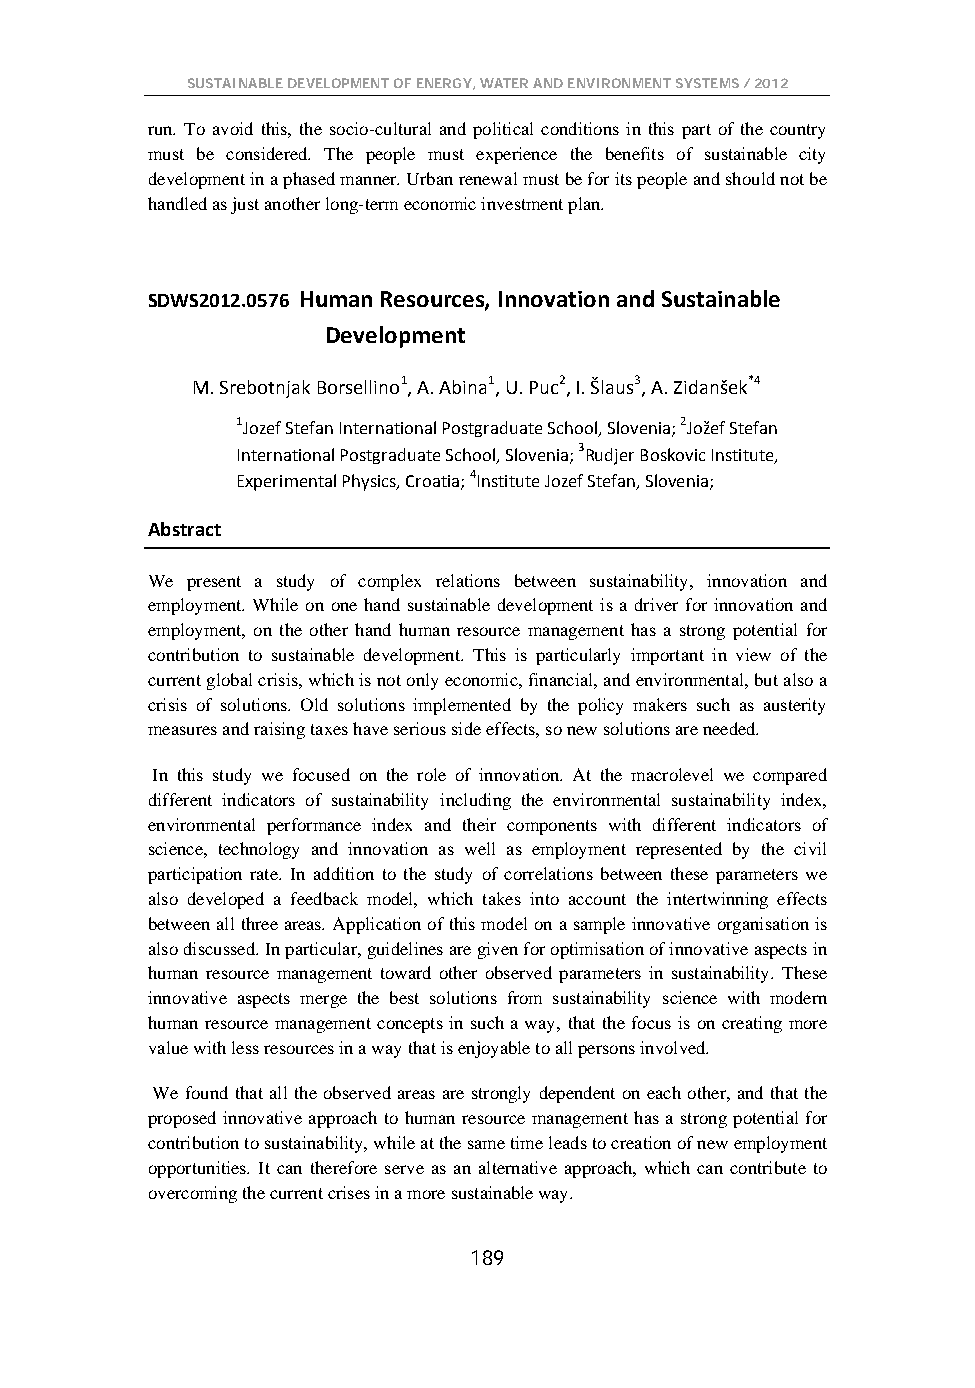
SUSTAINABLE DEVELOPMENT OF ENERGY, WATER AND ENVIRONMENT SYSTEMS / 2012
 run. To avoid this, the socio-cultural and political conditions in this part of the country
 must be considered. The people must experience the benefits of sustainable city
 development in a phased manner. Urban renewal must be for its people and should not be
 handled as just another long-term economic investment plan.
 SDWS2012.0576 Human Resources, Innovation and Sustainable
 Development
 M. Srebotnjak Borsellino1, A. Abina1, U. Puc2, I. Šlaus3, A. Zidanšek*4
 1Jozef Stefan International Postgraduate School, Slovenia; 2Jožef Stefan
 International Postgraduate School, Slovenia; 3Rudjer Boskovic Institute,
 Experimental Physics, Croatia; 4Institute Jozef Stefan, Slovenia;
 Abstract
 We present a study of complex relations between sustainability, innovation and
 employment. While on one hand sustainable development is a driver for innovation and
 employment, on the other hand human resource management has a strong potential for
 contribution to sustainable development. This is particularly important in view of the
 current global crisis, which is not only economic, financial, and environmental, but also a
 crisis of solutions. Old solutions implemented by the policy makers such as austerity
 measures and raising taxes have serious side effects, so new solutions are needed.
 In this study we focused on the role of innovation. At the macrolevel we compared
 different indicators of sustainability including the environmental sustainability index,
 environmental performance index and their components with different indicators of
 science, technology and innovation as well as employment represented by the civil
 participation rate. In addition to the study of correlations between these parameters we
 also developed a feedback model, which takes into account the intertwinning effects
 between all three areas. Application of this model on a sample innovative organisation is
 also discussed. In particular, guidelines are given for optimisation of innovative aspects in
 human resource management toward other observed parameters in sustainability. These
 innovative aspects merge the best solutions from sustainability science with modern
 human resource management concepts in such a way, that the focus is on creating more
 value with less resources in a way that is enjoyable to all persons involved.
 We found that all the observed areas are strongly dependent on each other, and that the
 proposed innovative approach to human resource management has a strong potential for
 contribution to sustainability, while at the same time leads to creation of new employment
 opportunities. It can therefore serve as an alternative approach, which can contribute to
 overcoming the current crises in a more sustainable way.
 189